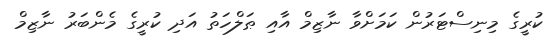
ކުރީގެ މިނިސްޓަރުން ކަމަށްވާ ނާޒިމް އާއި ޠަލްހަތު އަދި ކުރީގެ މެންބަރު ނާޒިމް